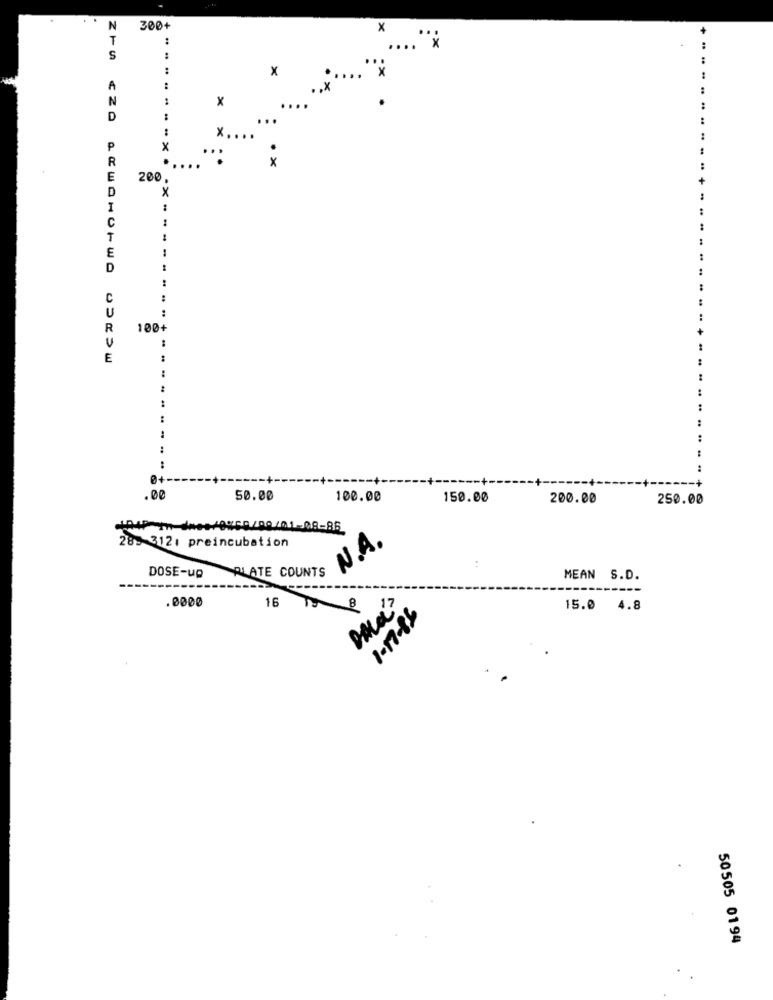
N
300+
X
...
T
.... X
:
S
x
..... x
A
.. X
N
:
x
D
...
x . ...
..
P
X
R
x
E
200.
D
X
1
C
T
E
..
D
..
C
U
:
R
100+
E
:
.00
50.00
100.00
150.00
200.00
250.00
28- 3121 preincubation
N.A.
DOSE-up
:
PLATE COUNTS
MEAN S.D.
.0000
16
8
15.0 4.8
18-21-1
50505 0194